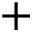
+